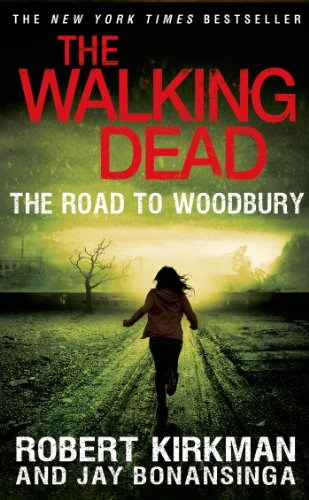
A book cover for The Walking Dead: The Road to Woodbury (The Walking Dead Series); Robert Kirkman; Mystery, Thriller & Suspense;